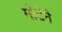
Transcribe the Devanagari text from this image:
मोंटेने